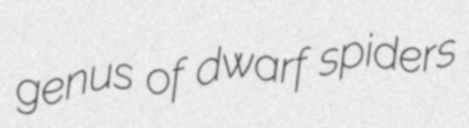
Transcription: genus of dwarf spiders